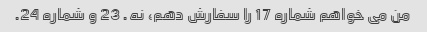
من می خواهم شماره 17 را سفارش دهم، نه. 23 و شماره 24.